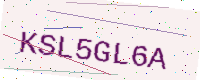
Text: KSL5GL6A